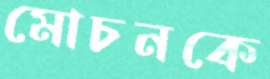
মোচনকে